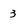
Character: 3